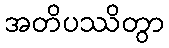
အတိပဿိတွာ